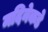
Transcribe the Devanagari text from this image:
मदिनेकडे